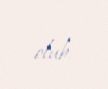
olub.